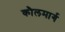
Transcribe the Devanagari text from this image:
कौलमार्ग